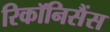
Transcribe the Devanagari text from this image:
रिकॉनिसैंस